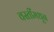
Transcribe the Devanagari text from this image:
वस्तींमधून